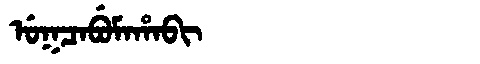
Manchu: ᡠᡴᠴᠠᠪᡠᠮᠠᡥᠠᠪᡳ
Romanization: UKCABUMAHABI